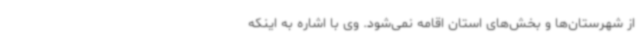
از شهرستان‌ها و بخش‌های استان اقامه نمی‌شود. وی با اشاره به اینکه